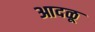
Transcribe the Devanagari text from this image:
आदळू